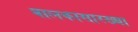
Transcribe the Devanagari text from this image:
बालकासारख्या